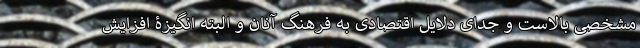
مشخصی بالاست و جدای دلایل اقتصادی به فرهنگ آنان و البته انگیزۀ افزایش